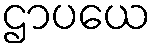
ဌာပယေ